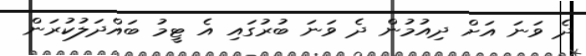
ދެ ވަނަ އަށް ދިއުމުން ދެ ވަނަ ބުރުގައި އެ ޓީމު ބައްދަލުކުރަން